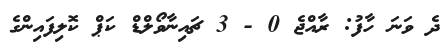
ދެ ވަނަ ހާފު: ރާއްޖެ 0 - 3 ޗައިނާވޯލްޑް ކަޕް ކޮލިފައިންގެ